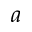
a